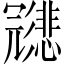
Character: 𱝩